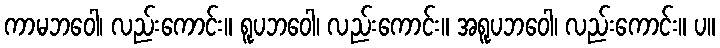
ကာမဘဝေါ၊ လည်းကောင်း။ ရူပဘဝေါ၊ လည်းကောင်း။ အရူပဘဝေါ၊ လည်းကောင်း။ ပ။